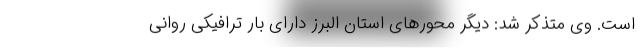
است. وی متذکر شد: دیگر محورهای استان البرز دارای بار ترافیکی روانی